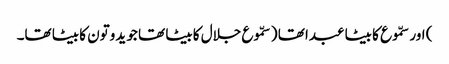
) اور سمّوع کا بیٹا عبدا تھا ( سمّوع جلال کا بیٹا تھا جو یدوتون کا بیٹا تھا۔